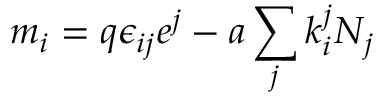
m _ { i } = q \epsilon _ { i j } e ^ { j } - a \sum _ { j } k _ { i } ^ { j } N _ { j }